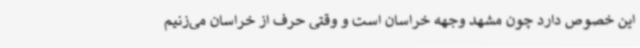
این خصوص دارد چون مشهد وجهه خراسان است و وقتی حرف از خراسان می‌زنیم